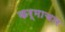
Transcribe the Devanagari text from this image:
कर्माचार